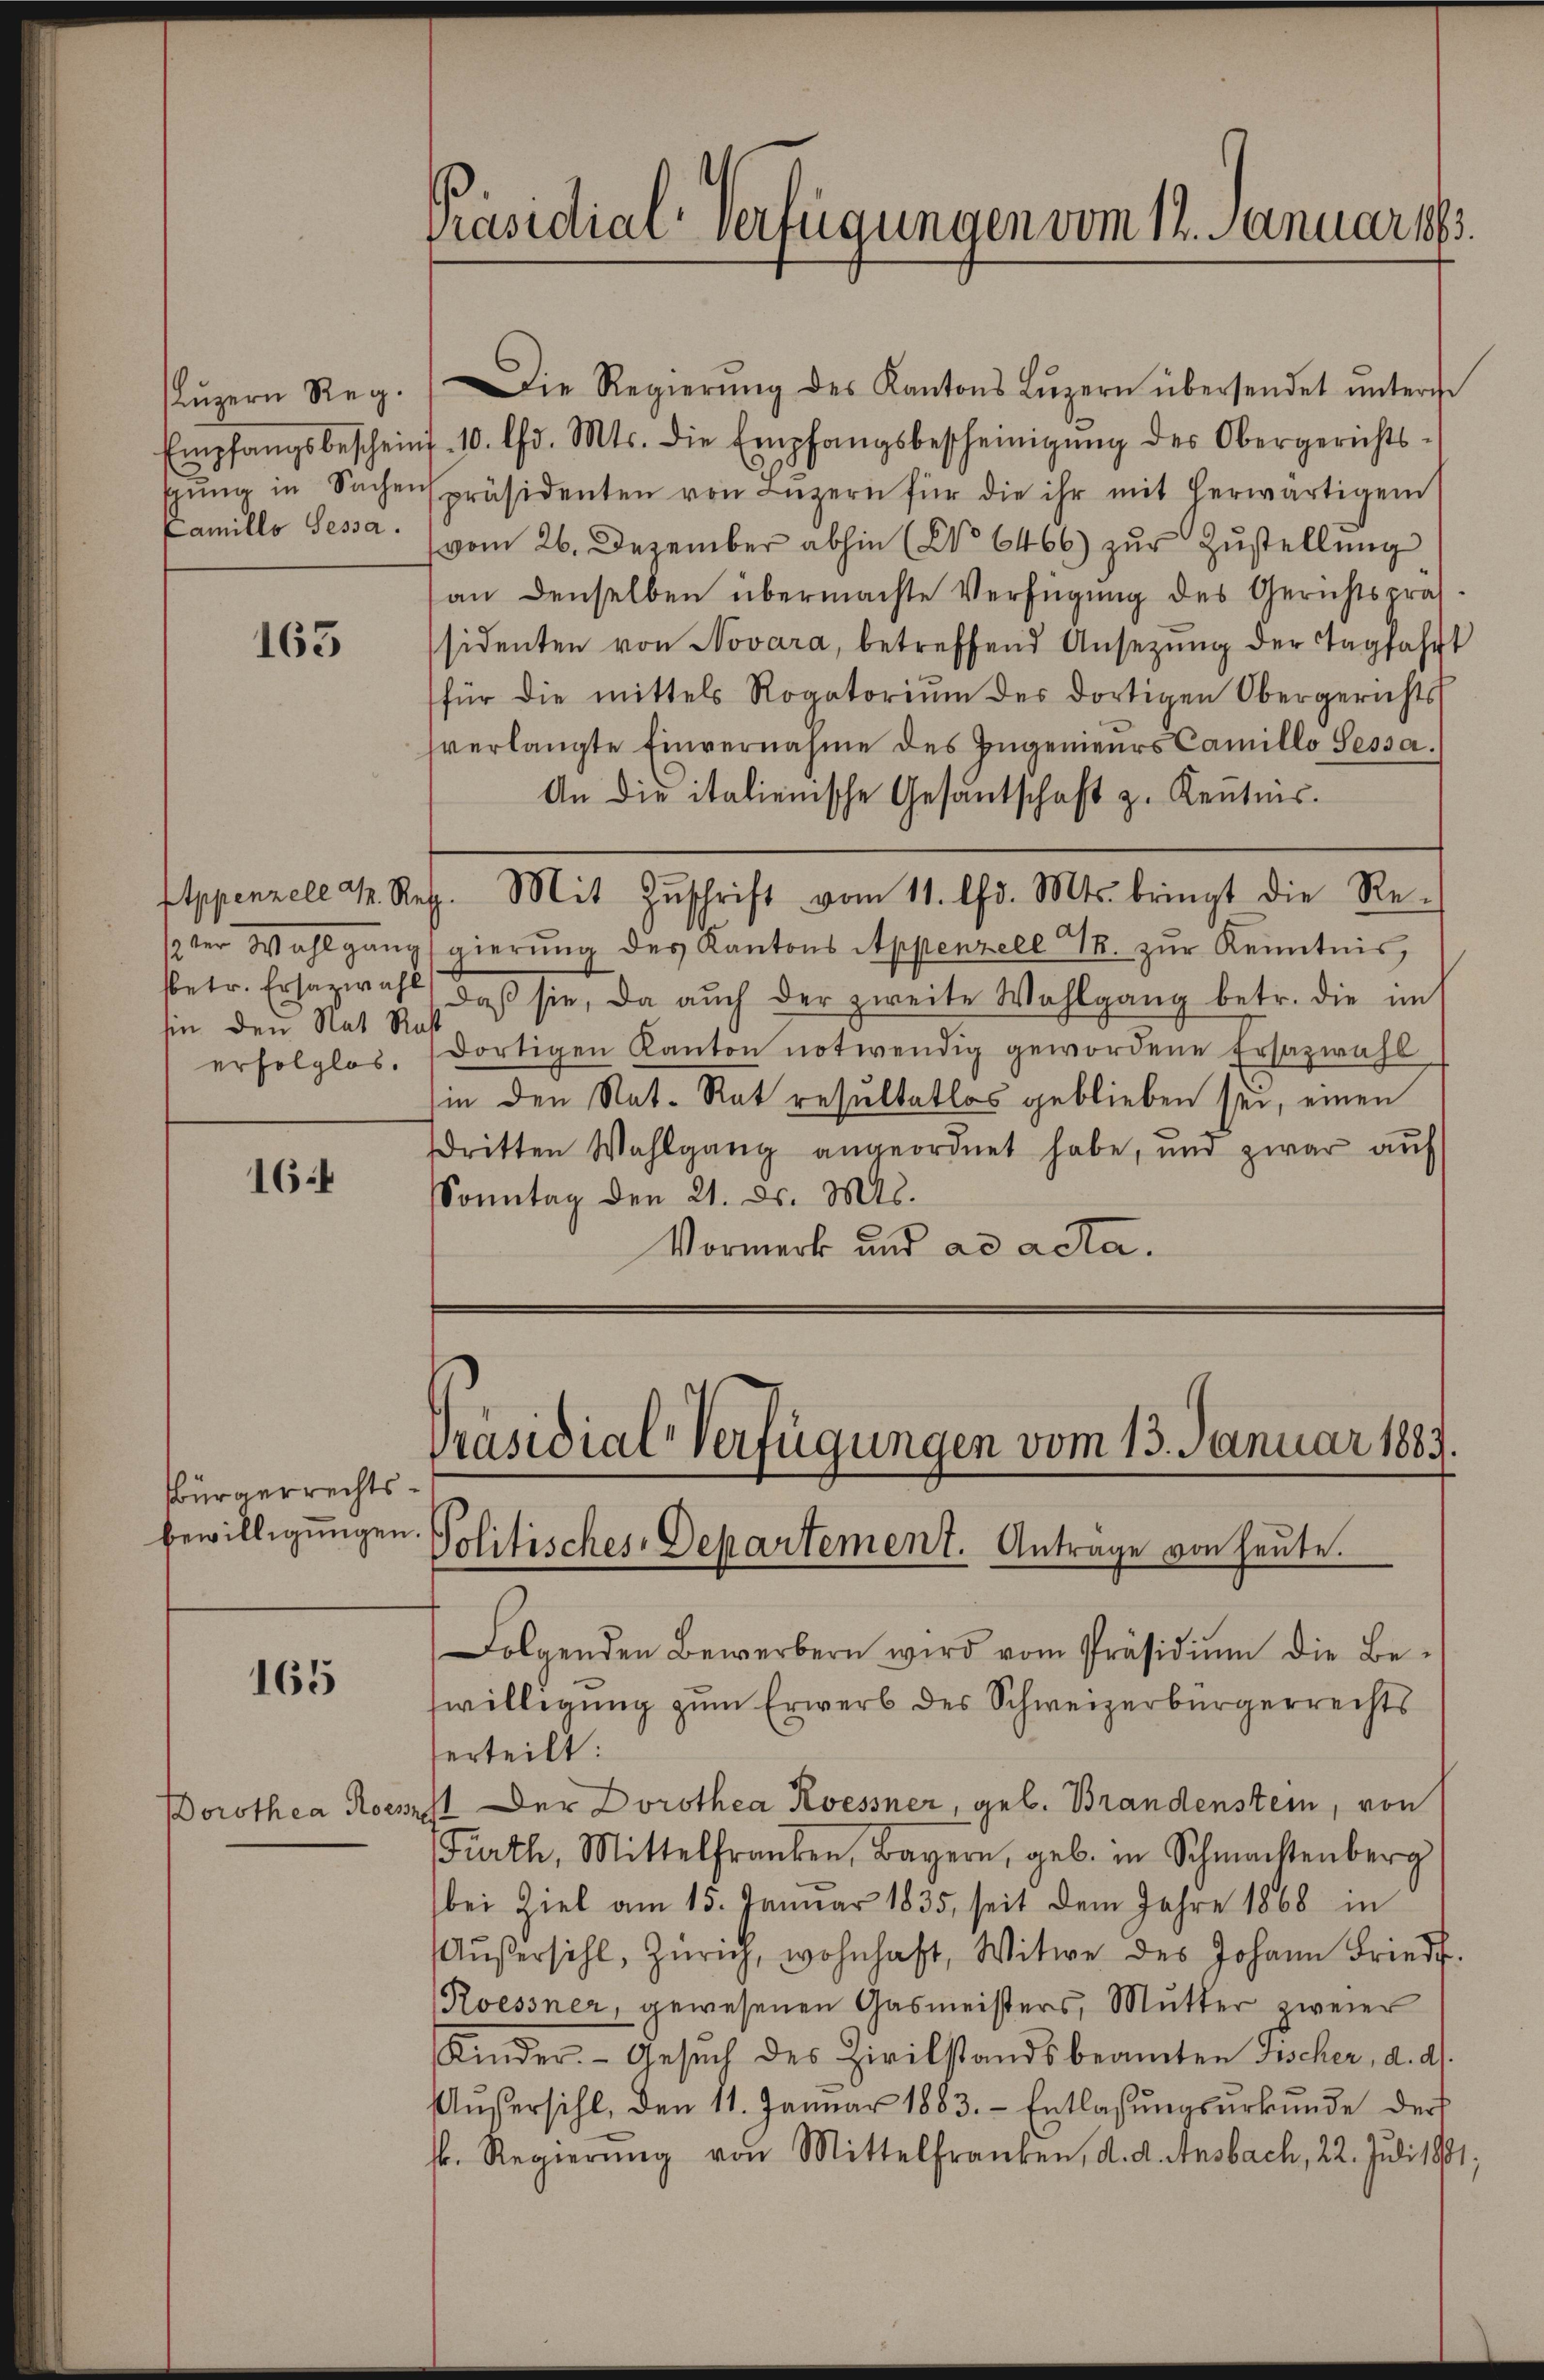
Camillo Sessa.

163

hin den Nat Rast
erfolglos.

164

Bürgerrechts¬

165

Lŭzern Reg. Die Regierŭng des Kantons Lŭzern übersendet ŭnterst
Empfangsbescheint. 10. Chr. Mts. die Empfangsbescheinigŭng des Obergerichts-
sŭng in Sachenspräsidenten von Lŭzern für die ihr mit herwärtigen
(vom 26. Dezember abhin (No 6466) zur Zustellung
an denselben übermachte Verfügung des Gerichtspra
sidenten von Novara, betreffend Ansezung der Tagfahrt
für die mittels Rogatoriŭm der dortigen Obergerichts
verlangte Einvernahme des Ingenieurs Camillo Sessa.
An die italienische Gesantschaft z. Kenntnis.
1ter Wahlgang gierung des Kantons Appenzell T. zur Kenntnis,
betr. Ersazwahl, daβ sie, da auch der zweite Wahlgang betr. die im
dortigen Kanton notwendig gewordene Ersazwahl
in den Nat. Rat resultatlos geblieben sei, einen
dritten Wahlgang angeordnet habe, und zwar auf
Sonntag den 21. d. Mts.
Vormerk und ad acta.

Präsidial-Verfügungen vom 12. Januar 1883.

Eppenzell d. Reg. Mit Zŭschrift vom 11. Chr. Mts. bringt die Re

Präsidial-Verfügungen vom 13. Januar 1883.
bewilligungen Politisches-Departement. Antrage von heute.

Folgenden Bewerbern wird vom Präsidiŭm die Be-
swilligung zum Erwerb des Schweizerbürgerrechts
erteilt:
Dorothea Roosest Der Dorothea Kessner, geb. Brandenstein, von
Fürth, Mittelfranken, Bayern, geb. in Schmachtenberg
bei Ziel am 15. Januar 1835, seit dem Jahre 1868 in
Aŭβersihl, Zürich, wohnhaft, Witwe des Johann Friedf.
Koessner, gewesenen Gasmeisters, Mutter zweier
Kinder. Gesŭch des Zivilstandsbeamten Fischer, d. d.
Aŭsersihl, den 11. Januar 1883. Entlassŭngsŭrkŭnde der
fr. Regierŭng von Mittelfranken, d. d. Ansbach, 22. Juli 1881;